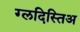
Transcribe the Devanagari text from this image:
ग्लदिस्तिअ